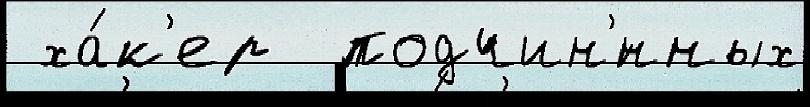
 ха́к'ер  подчин'́нных